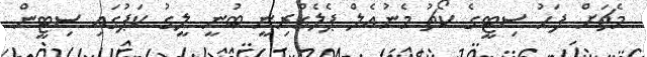
މެޗަށް ފަހު ސިޓީގެ ކޯޗު މެނުއެލް ޕެލެގްރިނީ ބުނީ ލީގު ކަޕުގައި ސިޓީން